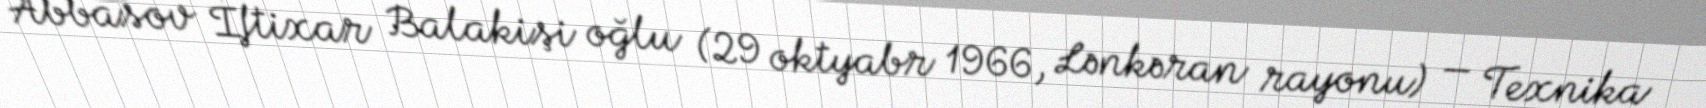
Abbasov İftixar Balakişi oğlu (29 oktyabr 1966, Lənkəran rayonu) — Texnika